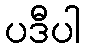
ပဒီပါ